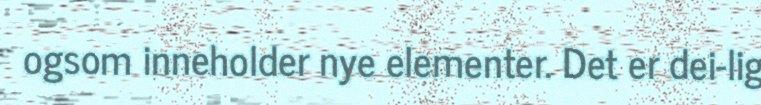
ogsom inneholder nye elementer. Det er dei-lig